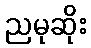
ညမုဆိုး